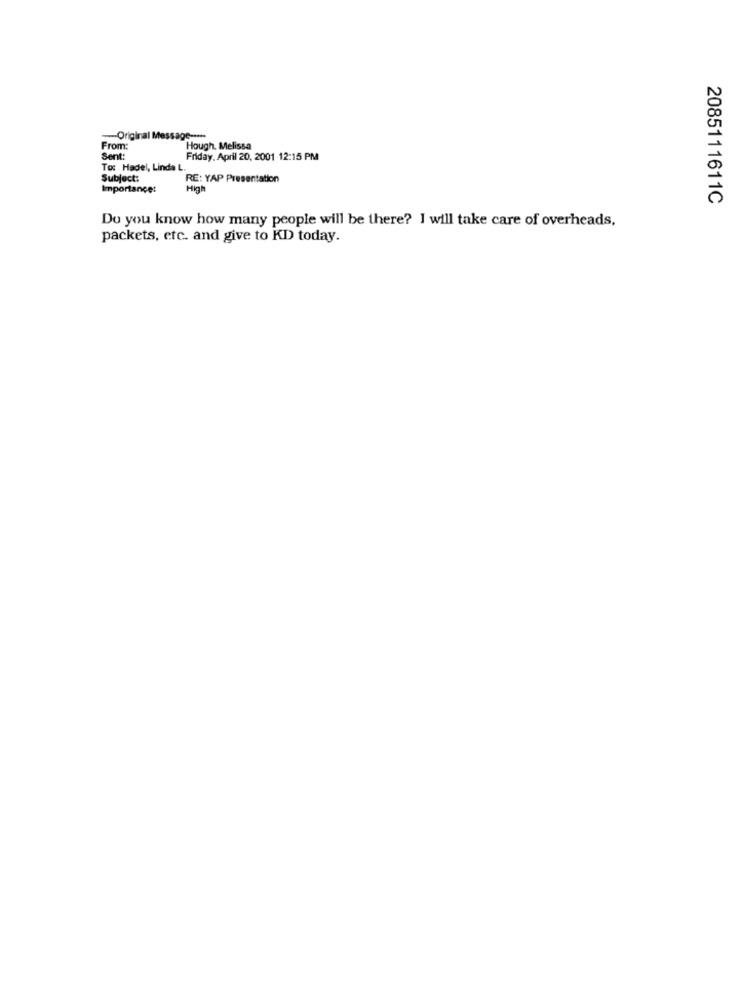
-- Origina
From:
Hough. Melissa
Sent:
Friday, April 20, 2001 12:15 PM
To: Hadel, Linda L.
Subject:
RE: YAP Presentation
Importance:
High
2085111611C
Do you know how many people will be there? I will take care of overheads,
packets, etc. and give to KD today.